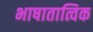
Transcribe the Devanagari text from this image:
भाषातात्विक